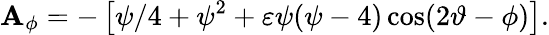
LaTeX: \mathbf{A}_{\phi}=-\left[\psi/4+\psi^{2}+\varepsilon\psi(\psi-4)\cos(2\vartheta-\phi)\right].